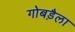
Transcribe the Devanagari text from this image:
गोबड़ैला